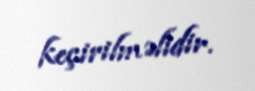
keçirilməlidir.